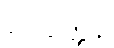
ဂေါတ္တေန